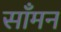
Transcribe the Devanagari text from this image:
साँमन